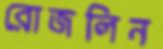
রোজলিন